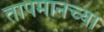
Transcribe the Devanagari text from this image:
तापमानच्या